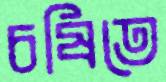
চষিতে